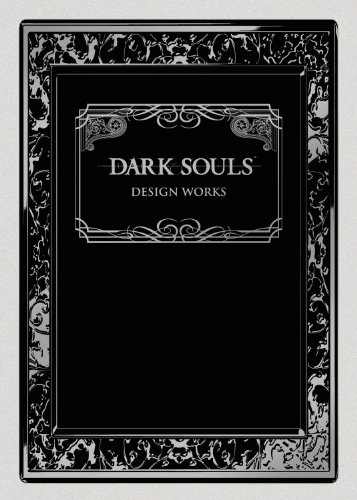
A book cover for Dark Souls: Design Works; Arts & Photography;